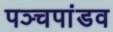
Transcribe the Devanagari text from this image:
पञ्चपांडव